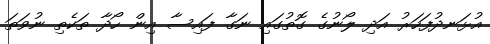
އުޅަނދުފަހަރު އަދި ލޯނުގެ ގޮތުގައި ނަގާ ފައިސާ އިން ހޯދާ ތަކެތި ނުވަތަ